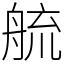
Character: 艈